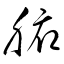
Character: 腑